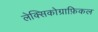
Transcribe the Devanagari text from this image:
लेक्सिकोग्राफ़िकल